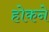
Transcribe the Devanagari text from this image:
होकने